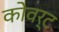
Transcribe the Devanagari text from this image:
कोवर्ट